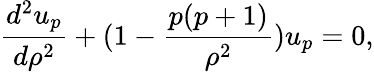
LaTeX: {\frac{d^{2}u_{p}}{d\rho^{2}}}+(1-{\frac{p(p+1)}{\rho^{2}}})u_{p}=0,